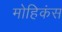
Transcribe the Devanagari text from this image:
मोहिकंस